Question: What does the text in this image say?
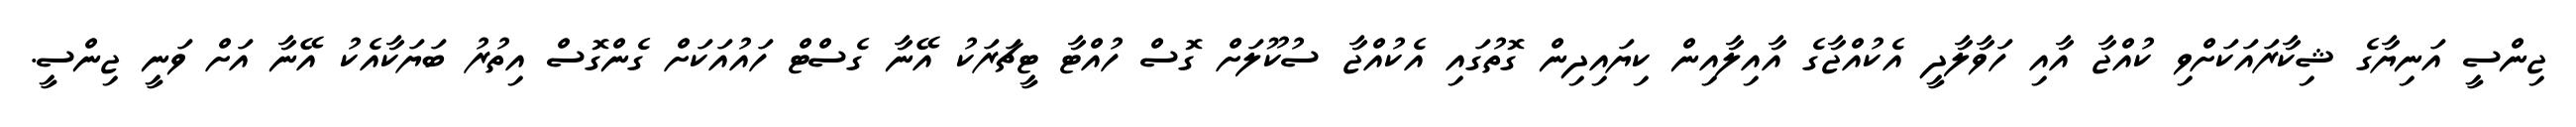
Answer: ޖިންސީ އަނިޔާގެ ޝިކާރައަކަށްވި ކުއްޖާ އާއި ހަވާލާދީ އެކުއްޖާގެ އާއިލާއިން ކިޔައިދިން ގޮތުގައި އެކުއްޖާ ސުކޫލަށް ގޮސް ހުއްޓާ ޓީޗަރަކު އޭނާ ގެސްޓް ހައުއަކަށް ގެންގޮސް އިތުރު ބަޔަކާއެކު އޭނާ އަށް ވަނީ ޖިންސީ.